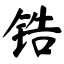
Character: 锆